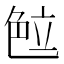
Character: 𰰖